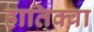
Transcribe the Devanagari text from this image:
हातिक्वा